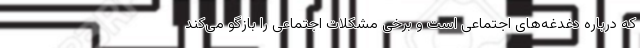
که درباره دغدغه‌های اجتماعی است و برخی مشکلات اجتماعی را بازگو می‌کند